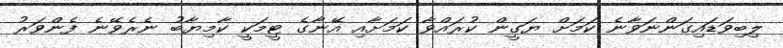
ލިބިވަޑައިގަންނަވާނެ ކަމަށް ޔަގީން ކުރައްވާ ކަމަށާއި އޭނާގެ ޓީމަކީ ކާމިޔާބު ނެރެވޭނެ ފެންވަރު